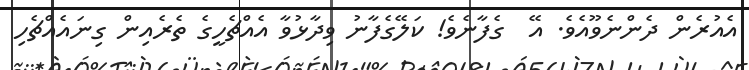
އެއުރެން ދެންނެވޫއެވެ. އޭ  ގެފާނެވެ! ކަލޭގެފާނު ވިދާޅުވާ އެއްޗެހީގެ ތެރެއިން ގިނައެއްޗެހި